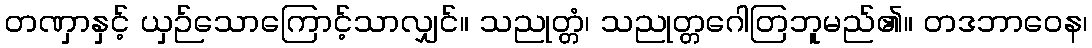
တဏှာနှင့် ယှဉ်သောကြောင့်သာလျှင်။ သညုတ္တံ၊ သညုတ္တဂေါတြဘူမည်၏။ တဒဘာဝေန၊